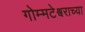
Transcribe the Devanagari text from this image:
गोम्मटेश्वराच्या